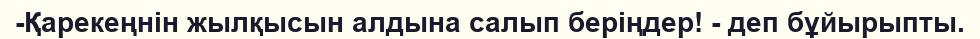
-Қарекеңнін жылқысын алдына салып беріңдер! - деп бұйырыпты.